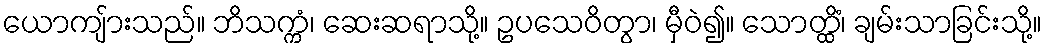
ယောကျ်ားသည်။ ဘိသက္ကံ၊ ဆေးဆရာသို့။ ဥပသေဝိတွာ၊ မှီဝဲ၍။ သောတ္ထိံ၊ ချမ်းသာခြင်းသို့။